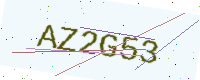
Text: AZ2G53